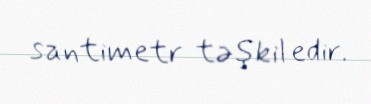
santimetr təşkil edir.